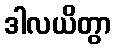
ဒါလယိတွာ